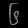
Digit: ၆